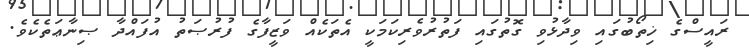
ރައީސްގެ ޚިތޯބުގައި ވިދާޅުވި ގޮތުގައި ފަތުރުވެރިކަމަކީ އެތަކެއް ވަޒީފާގެ ފުރުޞަތު އުފައްދާ ޞިނާޢަތެކެވެ.